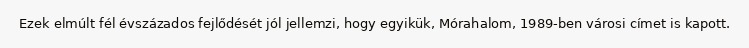
Ezek elmúlt fél évszázados fejlődését jól jellemzi, hogy egyikük, Mórahalom, 1989-ben városi címet is kapott.